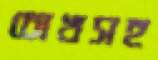
চোখসহ